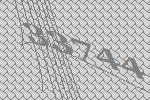
33744